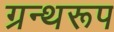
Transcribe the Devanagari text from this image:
ग्रन्थरूप